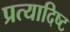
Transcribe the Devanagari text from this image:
प्रत्यादिष्ट